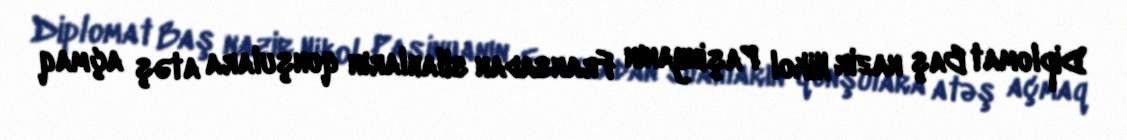
Diplomat Baş nazir Nikol Paşinyanın Fransadan silahların qonşulara atəş açmaq